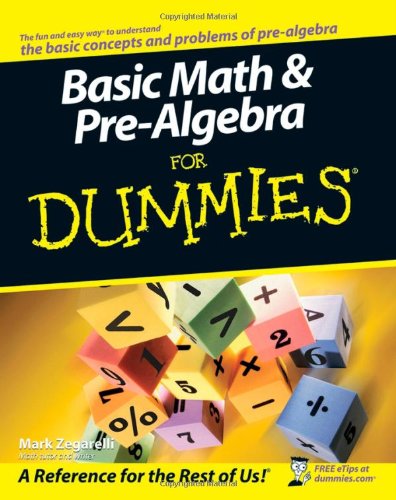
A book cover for Basic Math and Pre-Algebra For Dummies; Mark Zegarelli; Science & Math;